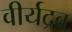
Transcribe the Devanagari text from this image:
वीर्यद्रव